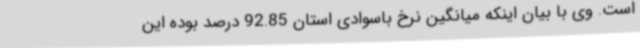
است. وی با بیان اینکه میانگین نرخ باسوادی استان 92.85 درصد بوده این